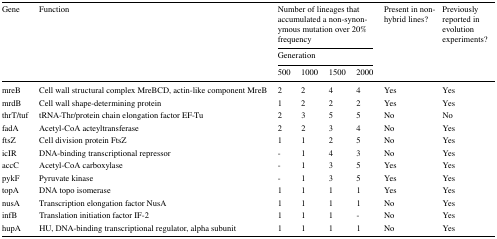
<table><thead><tr><td rowspan="3"><b>Gene</b></td><td rowspan="3"><b>Function</b></td><td colspan="4"><b>Number of lineages that accumulated a non-synonymous mutation over 20% frequency</b></td><td rowspan="3"><b>Present in non-hybrid lines?</b></td><td rowspan="3"><b>Previously reported in evolution experiments?</b></td></tr><tr><td colspan="4"><b>Generation</b></td></tr><tr><td><b>500</b></td><td><b>1000</b></td><td><b>1500</b></td><td><b>2000</b></td></tr></thead><tbody><tr><td>mreB</td><td>Cell wall structural complex MreBCD, actin-like component MreB</td><td>2</td><td>2</td><td>4</td><td>4</td><td>Yes</td><td>Yes</td></tr><tr><td>mrdB</td><td>Cell wall shape-determining protein</td><td>1</td><td>2</td><td>2</td><td>2</td><td>Yes</td><td>Yes</td></tr><tr><td>thrT/tuf</td><td>tRNA-Thr/protein chain elongation factor EF-Tu</td><td>2</td><td>3</td><td>5</td><td>5</td><td>No</td><td>No</td></tr><tr><td>fadA</td><td>Acetyl-CoA acteyltransferase</td><td>2</td><td>2</td><td>3</td><td>4</td><td>No</td><td>Yes</td></tr><tr><td>ftsZ</td><td>Cell division protein FtsZ</td><td>1</td><td>1</td><td>2</td><td>5</td><td>No</td><td>Yes</td></tr><tr><td>icIR</td><td>DNA-binding transcriptional repressor</td><td>-</td><td>1</td><td>4</td><td>3</td><td>No</td><td>Yes</td></tr><tr><td>accC</td><td>Acetyl-CoA carboxylase</td><td>-</td><td>1</td><td>3</td><td>5</td><td>Yes</td><td>Yes</td></tr><tr><td>pykF</td><td>Pyruvate kinase</td><td>-</td><td>1</td><td>3</td><td>5</td><td>Yes</td><td>Yes</td></tr><tr><td>topA</td><td>DNA topo isomerase</td><td>1</td><td>1</td><td>1</td><td>1</td><td>Yes</td><td>Yes</td></tr><tr><td>nusA</td><td>Transcription elongation factor NusA</td><td>1</td><td>1</td><td>1</td><td>1</td><td>No</td><td>Yes</td></tr><tr><td>infB</td><td>Translation initiation factor IF-2</td><td>1</td><td>1</td><td>1</td><td>-</td><td>No</td><td>Yes</td></tr><tr><td>hupA</td><td>HU, DNA-binding transcriptional regulator, alpha subunit</td><td>1</td><td>1</td><td>1</td><td>1</td><td>No</td><td>Yes</td></tr></tbody></table>